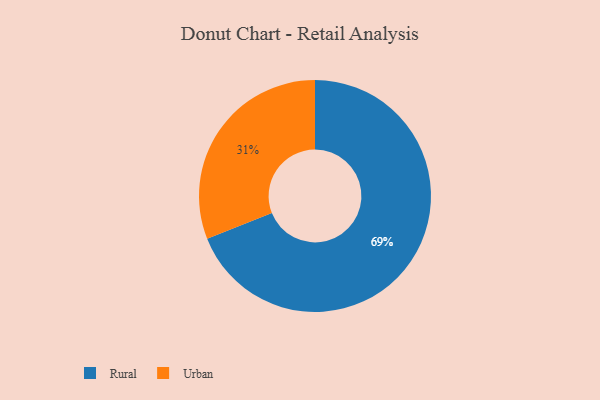
{"axis": {"x": "Category", "y": "Percentage"}, "legend": ["Rural", "Urban"], "data": [{"x": "Urban", "y": 31, "type": "Urban"}, {"x": "Rural", "y": 69, "type": "Rural"}]}